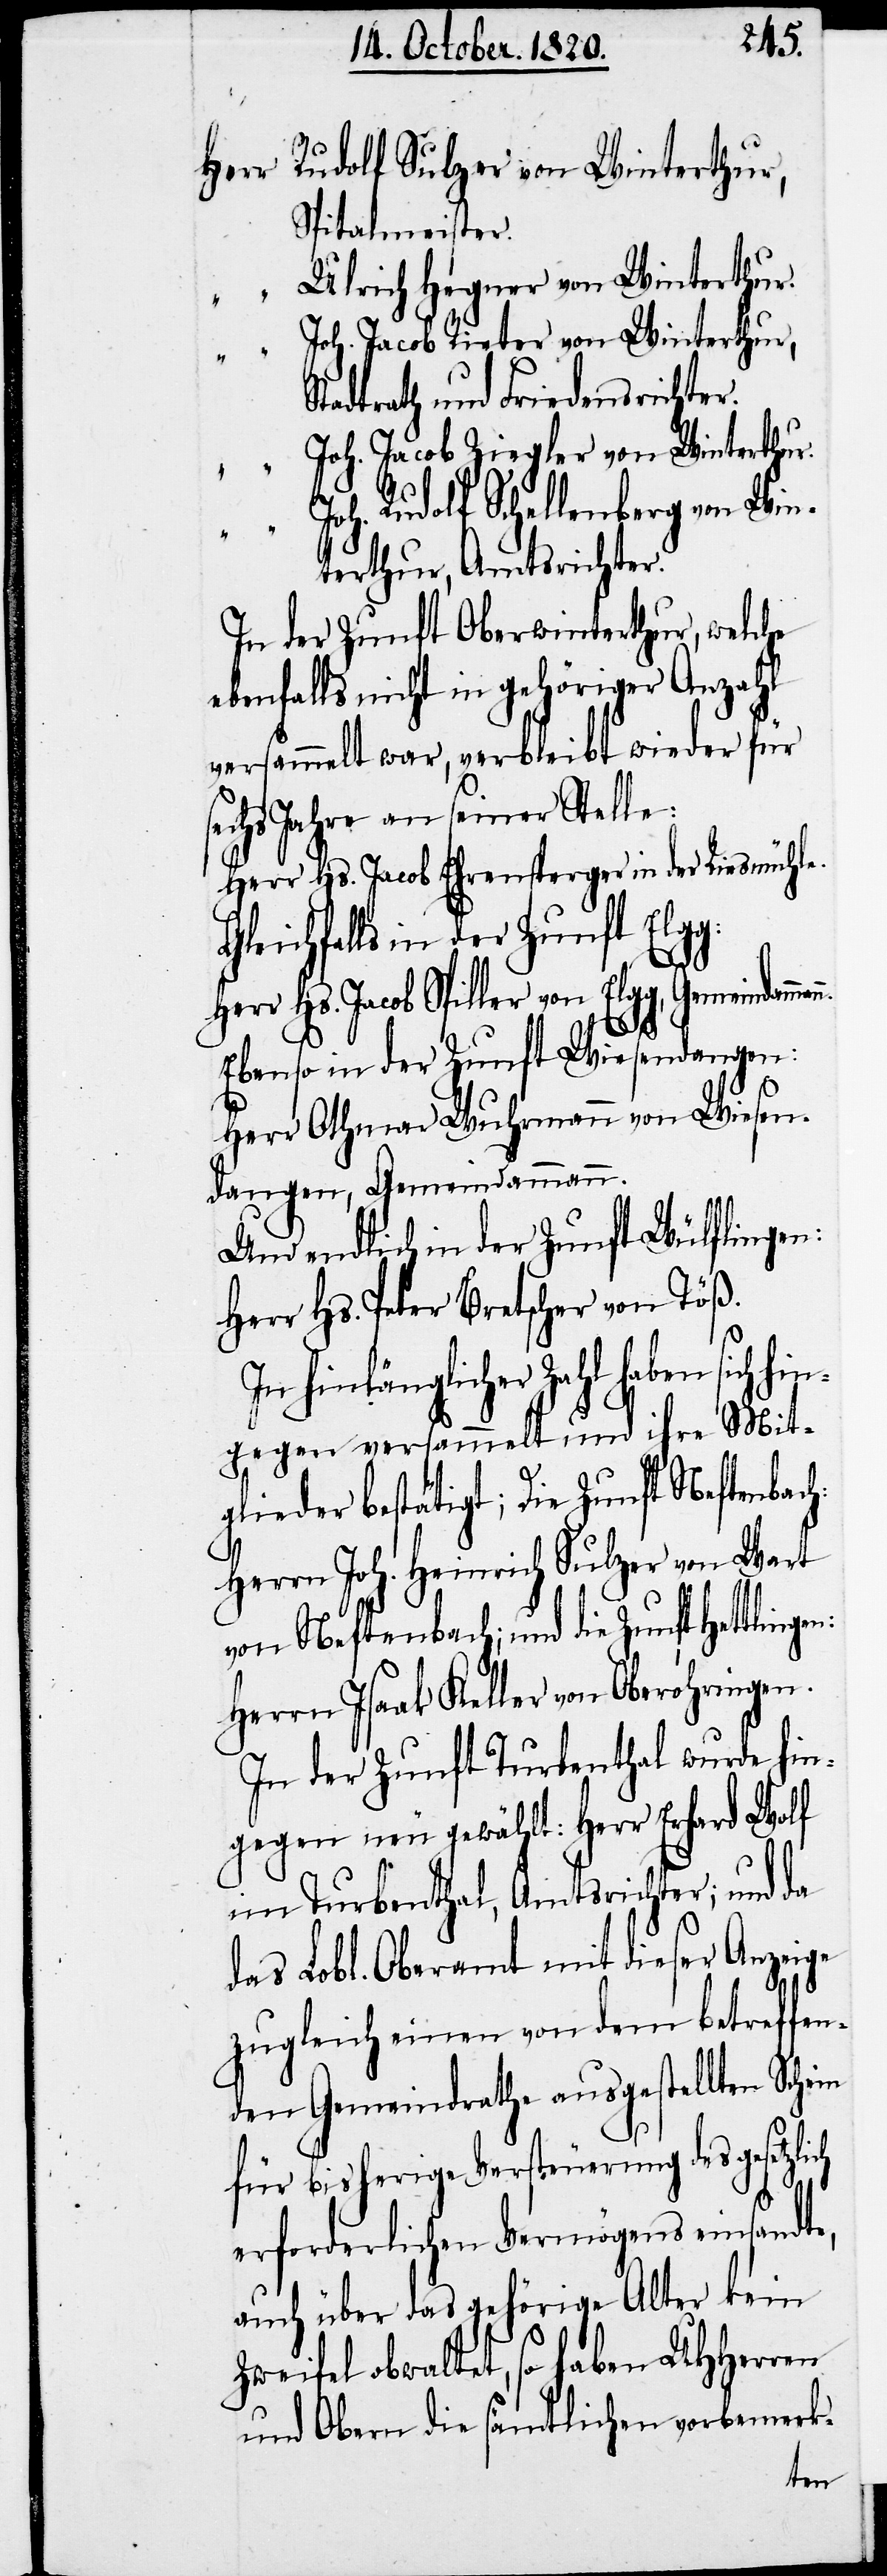
“		J¬
Herr Rudolf Sulzer von Winterthur,
Spitalmeister.
“		Ulrich Hegner von Winterthur.
oh. Jacob Rieter von Winterthur,
Stadtrath und Friedensrichter.
oh. Jacob Ziegler von Winterthur.
ch
Rudolf Schellenberg von Win¬
terthur, Amtsrichter.
In der Zunft Oberwinterthur, welche
ebenfalls nicht in gehöriger Anzahl
versammelt war, verbleibt wieder für
sechs Jahre an seiner Stelle:
Herr Hs. Jacob Ehrensperger in der Riesmühle.
Gleichfalls in der Zunft Elgg:
Ebenso in der Zunft Wiesendangen:
Herr Othmar Wuhrmann von Wiesen¬
dangen, Gemeindammann.
Und endlich in der Zunft Wülflingen:
Herr Hs. Peter Bretscher von Töß.
In hinlänglicher Zahl haben sich h¬
ingegen versammelt und ihre Mit¬
glieder bestätigt; Die Zunft Neftenbach:
Herrn Joh. Heinrich Sulzer von Wart
von Neftenbach; und die Zunft Hettlin¬
Herrn Isaak Keller von Oberohringen.
In der Zunft Turbenthal wurde hin¬
gegen neu gewählt: Herr Erhard Wolf
im Turbenthal, Amtsrichter; und da
das Lobl. Oberamt mit dieser Anzeige
zugleich einen von dem betreffen¬
den Gemeindrathe ausgestellten Schein
für bisherige Versteuerung des gesetzli¬
erforderlichen Vermögens einsandte,
auch über das gehörige Alter kein
Zweifel obwaltet, so haben UHherren
und Obern die sämtlichen vorbemerk-
gen: